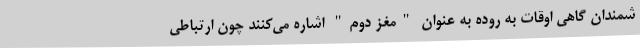
شمندان گاهی اوقات به روده به عنوان "مغز دوم" اشاره می‌کنند چون ارتباطی